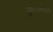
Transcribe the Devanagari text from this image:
सुधारनेवाला